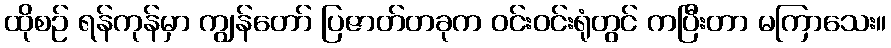
ထိုစဉ် ရန်ကုန်မှာ ကျွန်တော် ပြဇာတ်တခုက ဝင်းဝင်းရုံတွင် ကပြီးတာ မကြာသေး။